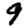
Digit: 9